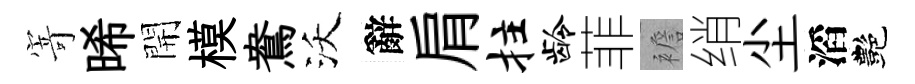
𭔃晞開模鴦沃辭肩拄龄菲襜绡尘滔艷